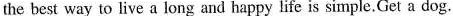
the best way to live a long and happy life is simple.Get a dog.